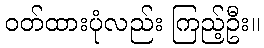
ဝတ်ထားပုံလည်း ကြည့်ဦး။